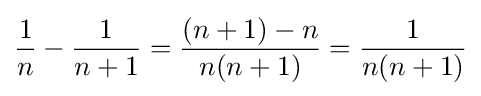
{\frac {1}{n}}-{\frac {1}{n+1}}={\frac {(n+1)-n}{n(n+1)}}={\frac {1}{n(n+1)}}